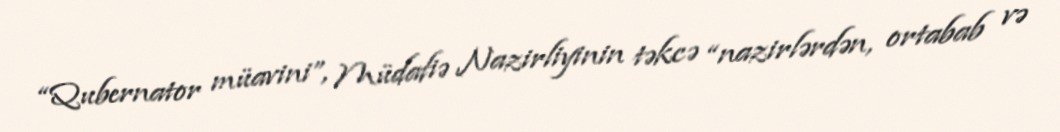
“Qubernator müavini”, Müdafiə Nazirliyinin təkcə “nazirlərdən, ortabab və